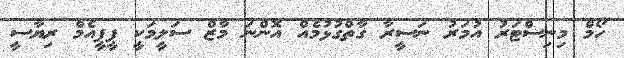
ހޯމް މިނިސްޓަރު އުމަރު ނަސީރާ ގާތްގުޅުމެއް އޮންނަ މާޒް ސަލީމަކީ ޕީޕީއެމް ރިޔާސީ